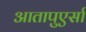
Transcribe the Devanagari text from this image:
आतापुएर्सा